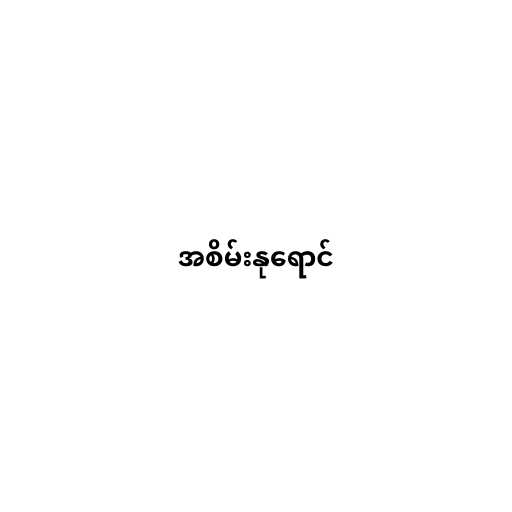
အစိမ်းနုရောင်